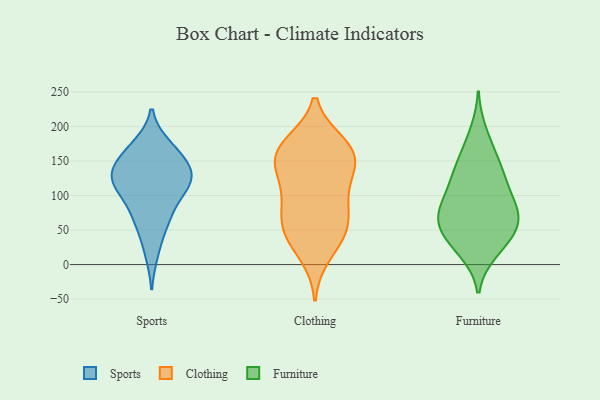
{"axis": {"x": "Market Share (%)", "y": "Value"}, "legend": ["Clothing", "Furniture", "Sports"], "data": [{"x": "", "y": 96, "type": "Sports"}, {"x": "", "y": 153, "type": "Sports"}, {"x": "", "y": 55, "type": "Sports"}, {"x": "", "y": 123, "type": "Sports"}, {"x": "", "y": 172, "type": "Sports"}, {"x": "", "y": 127, "type": "Sports"}, {"x": "", "y": 127, "type": "Sports"}, {"x": "", "y": 78, "type": "Sports"}, {"x": "", "y": 158, "type": "Sports"}, {"x": "", "y": 108, "type": "Sports"}, {"x": "", "y": 123, "type": "Sports"}, {"x": "", "y": 169, "type": "Sports"}, {"x": "", "y": 64, "type": "Sports"}, {"x": "", "y": 122, "type": "Sports"}, {"x": "", "y": 138, "type": "Sports"}, {"x": "", "y": 17, "type": "Sports"}, {"x": "", "y": 14, "type": "Clothing"}, {"x": "", "y": 150, "type": "Clothing"}, {"x": "", "y": 135, "type": "Clothing"}, {"x": "", "y": 173, "type": "Clothing"}, {"x": "", "y": 169, "type": "Clothing"}, {"x": "", "y": 48, "type": "Clothing"}, {"x": "", "y": 148, "type": "Clothing"}, {"x": "", "y": 93, "type": "Clothing"}, {"x": "", "y": 81, "type": "Clothing"}, {"x": "", "y": 175, "type": "Clothing"}, {"x": "", "y": 45, "type": "Clothing"}, {"x": "", "y": 163, "type": "Clothing"}, {"x": "", "y": 130, "type": "Clothing"}, {"x": "", "y": 44, "type": "Clothing"}, {"x": "", "y": 60, "type": "Clothing"}, {"x": "", "y": 96, "type": "Clothing"}, {"x": "", "y": 125, "type": "Furniture"}, {"x": "", "y": 30, "type": "Furniture"}, {"x": "", "y": 193, "type": "Furniture"}, {"x": "", "y": 55, "type": "Furniture"}, {"x": "", "y": 135, "type": "Furniture"}, {"x": "", "y": 46, "type": "Furniture"}, {"x": "", "y": 154, "type": "Furniture"}, {"x": "", "y": 62, "type": "Furniture"}, {"x": "", "y": 74, "type": "Furniture"}, {"x": "", "y": 129, "type": "Furniture"}, {"x": "", "y": 165, "type": "Furniture"}, {"x": "", "y": 110, "type": "Furniture"}, {"x": "", "y": 52, "type": "Furniture"}, {"x": "", "y": 89, "type": "Furniture"}, {"x": "", "y": 73, "type": "Furniture"}, {"x": "", "y": 17, "type": "Furniture"}, {"x": "", "y": 95, "type": "Furniture"}, {"x": "", "y": 20, "type": "Furniture"}, {"x": "", "y": 58, "type": "Furniture"}, {"x": "", "y": 85, "type": "Furniture"}]}